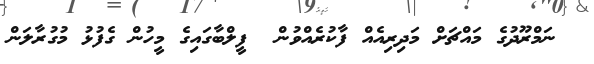
ނަމްރޫދުގެ މައްޗަށް މަދިރިއެއް ފާކުރެއްވުން  ފީލްބާގައިގެ މީހުން ގެފުޅު މުގުރާލަން